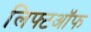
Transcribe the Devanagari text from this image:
लिफ्टऑफ